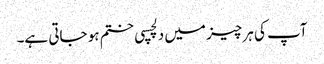
آپ کی ہر چیز میں دلچسپی ختم ہو جاتی ہے۔